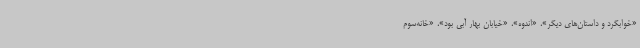
«خوابگرد و داستان‌های دیگر»، «اندوه»، «خیابان بهار آبی بود»، «خانه‌سوم